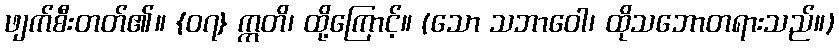
ဖျက်စီးတတ်၏။ {၀၇} ဣတိ၊ ထို့ကြောင့်။ (သော သဘာဝေါ၊ ထိုသဘောတရားသည်။)